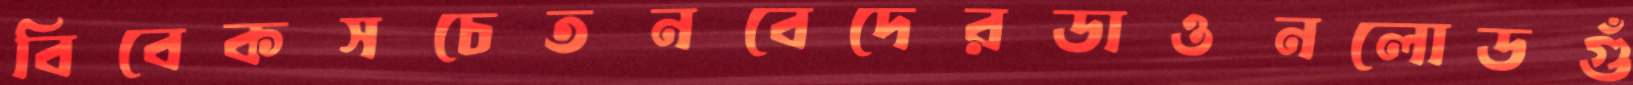
বিবেকসচেতনবেদেরডাওনলোডগুঁ